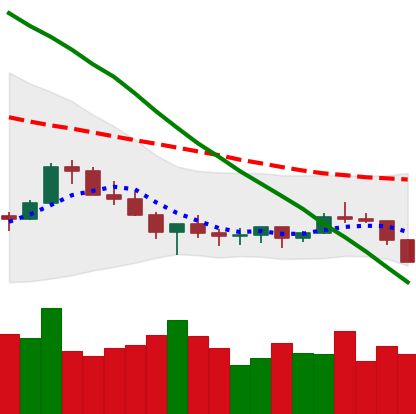
Ticker: XLM-USD
Chart end date: 2022-07-11
Forward return: 7.884%
Label: up_7plus